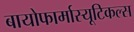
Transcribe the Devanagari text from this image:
बायोफार्मास्यूटिकल्स